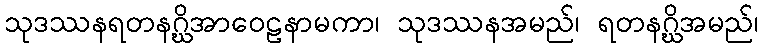
သုဒဿနရတနဂ္ဃိအာဝေဠနာမကာ၊ သုဒဿနအမည်၊ ရတနဂ္ဃိအမည်၊